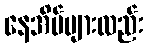
နေအိမ်များလည်း